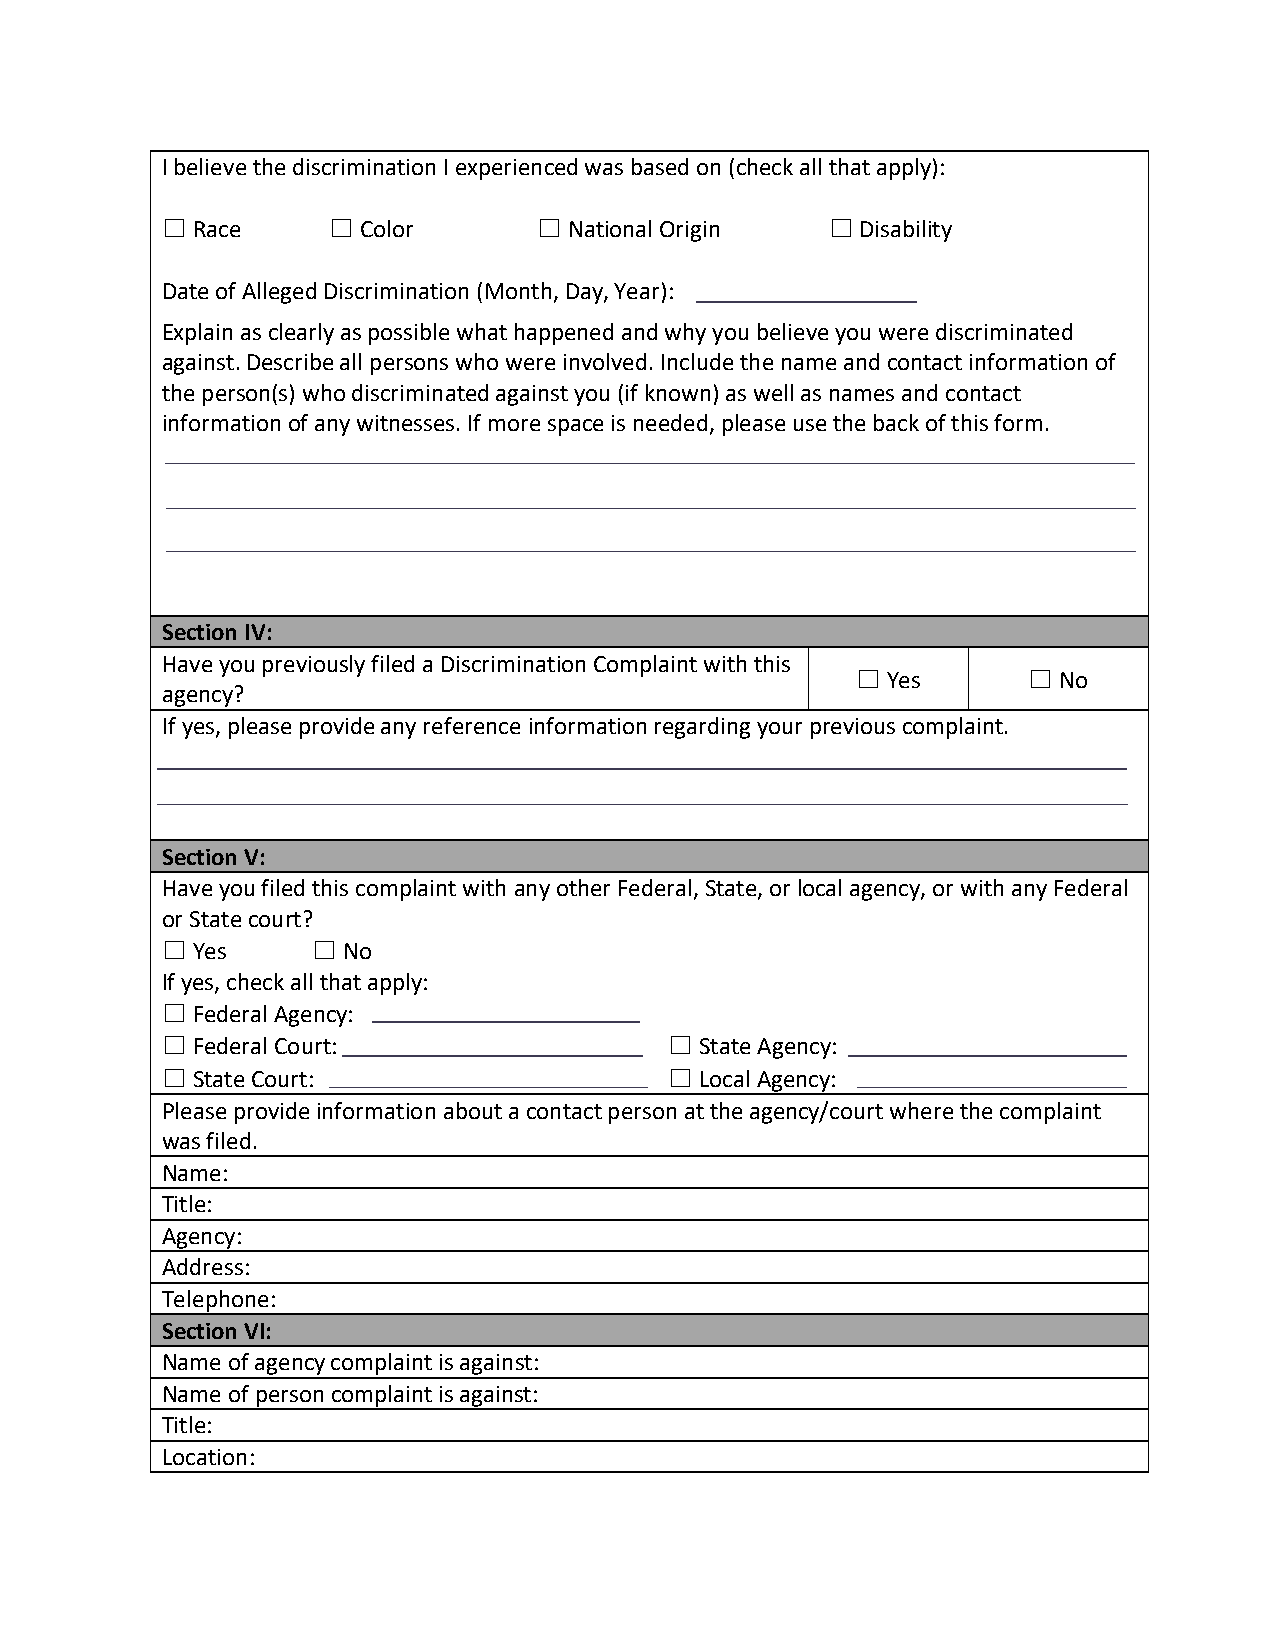
I believe the discrimination I experienced was based on (check all that apply):
 ☐ Race     ☐ Color       ☐ National Origin  ☐ Disability
 Date of Alleged Discrimination (Month, Day, Year):
 Explain as clearly as possible what happened and why you believe you were discriminated
 against. Describe all persons who were involved. Include the name and contact information of
 the person(s) who discriminated against you (if known) as well as names and contact
 information of any witnesses. If more space is needed, please use the back of this form.
 Section IV:
 Have you previously filed a Discrimination Complaint with this
 ☐ Yes      ☐ No
 agency?
 If yes, please provide any reference information regarding your previous complaint.
 Section V:
 Have you filed this complaint with any other Federal, State, or local agency, or with any Federal
 or State court?
 ☐ Yes     ☐ No
 If yes, check all that apply:
 ☐ Federal Agency:
 ☐ Federal Court:                 ☐ State Agency:
 ☐ State Court:                   ☐ Local Agency:
 Please provide information about a contact person at the agency/court where the complaint
 was filed.
 Name:
 Title:
 Agency:
 Address:
 Telephone:
 Section VI:
 Name of agency complaint is against:
 Name of person complaint is against:
 Title:
 Location: